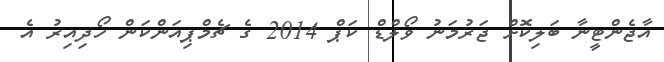
އާޖެންޓީނާ ބަލިކޮށް ޖަރުމަނު ވޯލްޑް ކަޕް 2014 ގެ ޗެމްޕިއަންކަން ހޯދިއިރު އެ